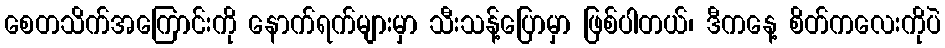
စေတသိက်အကြောင်းကို နောက်ရက်များမှာ သီးသန့်ပြောမှာ ဖြစ်ပါတယ်၊ ဒီကနေ့ စိတ်ကလေးကိုပဲ